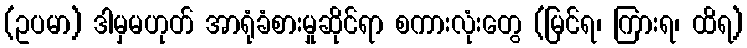
(ဥပမာ) ဒါမှမဟုတ် အာရုံခံစားမှုဆိုင်ရာ စကားလုံးတွေ (မြင်ရ၊ ကြားရ၊ ထိရ)